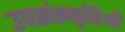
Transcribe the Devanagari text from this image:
उपसंस्कृतियाँ